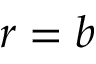
r = b